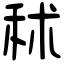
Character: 秫